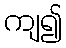
ကျ၍